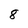
Character: 8